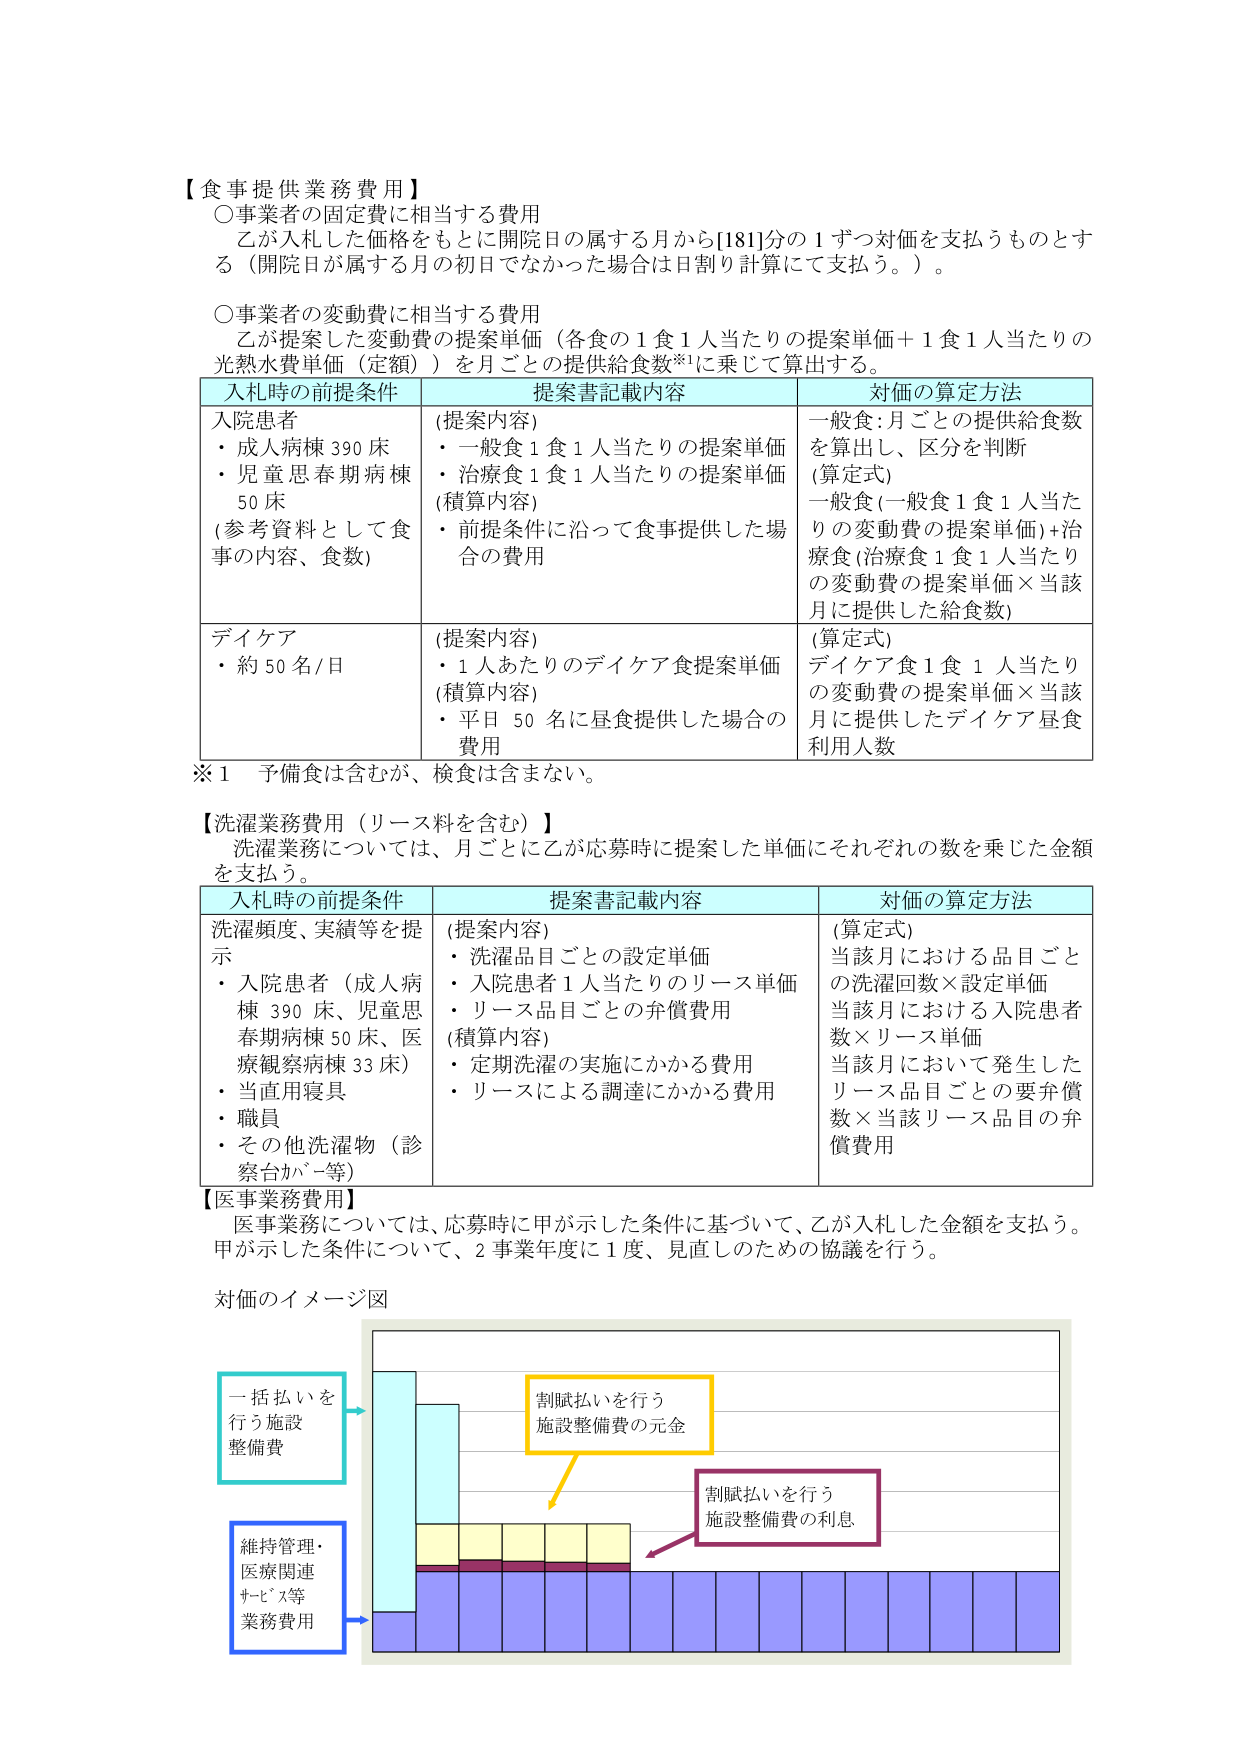
【食事提供業務費用】
○事業者の固定費に相当する費用
乙が入札した価格をもとに開院日の属する月から[181]分の1ずつ対価を支払うものとする（開院日が属する月の初日でなかった場合は日割り計算にて支払う。）。

○事業者の変動費に相当する費用
乙が提案した変動費の提案単価（各食の1食1人当たりの提案単価＋1食1人当たりの光熱水費単価（定額））を月ごとの提供給食数※1に乗じて算出する。

入札時の前提条件　　　　　提案書記載内容　　　　　　対価の算定方法
入院患者　　　　　　　　(提案内容)　　　　　　　　一般食:月ごとの提供給食数
・成人病棟390床　　　　・一般食1食1人当たりの提案単価　を算出し、区分を判断
・児童思春期病棟　　　・治療食1食1人当たりの提案単価　(算定式)
50床　　　　　　　　　(積算内容)　　　　　　　　一般食(一般食1食1人当たり
(参考資料として食　　　・前提条件に沿って食事提供した場　の変動費の提案単価)+治療食(治療食1食1人当たり
事の内容、食数)　　　合の費用　　　　　　　　　の変動費の提案単価×当該
　　　　　　　　　　　　　　　　　　　　　　　　月に提供した給食数)

デイケア　　　　　　　　(提案内容)　　　　　　　　(算定式)
・約50名/日　　　　　　・1人あたりのデイケア食提案単価　デイケア食1食1人当たり
　　　　　　　　　　　(積算内容)　　　　　　　　の変動費の提案単価×当該
　　　　　　　　　　　・平日50名に昼食提供した場合の　月に提供したデイケア昼食
　　　　　　　　　　　費用　　　　　　　　　　　利用人数

※1 予備食は含むが、検食は含まない。

【洗濯業務費用（リース料を含む）】
洗濯業務については、月ごとに乙が応募時に提案した単価にそれぞれの数を乗じた金額を支払う。

入札時の前提条件　　　　　提案書記載内容　　　　　　対価の算定方法
洗濯頻度、実績等を提示　　(提案内容)　　　　　　　　(算定式)
・入院患者（成人病棟390床、児童思春期病棟50床、医療観察病棟33床）　・洗濯品目ごとの設定単価　当該月における品目ごとの洗濯回数×設定単価
・当直用寝具　　　　　　・入院患者1人当たりのリース単価　当該月における入院患者数×リース単価
・職員　　　　　　　　　・リース品目ごとの弁償費用　当該月において発生したリース品目ごとの要弁償数×当該リース品目の弁償費用
・その他洗濯物（診察台カバー等）　(積算内容)
　　　　　　　　　　　　・定期洗濯の実施にかかる費用
　　　　　　　　　　　　・リースによる調達にかかる費用

【医事業務費用】
医事業務については、応募時に甲が示した条件に基づいて、乙が入札した金額を支払う。甲が示した条件について、2事業年度に1度、見直しのための協議を行う。

対価のイメージ図

一括払いを行う施設整備費
維持管理・医療関連サービス等業務費用
割賦払いを行う施設整備費の元金
割賦払いを行う施設整備費の利息